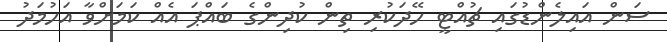
ސަން އައިލެންޑުގައި ޗުއްޓީ ހޭދަކުރި ތިން ކުދިންގެ ބައްޕަ އެއް ކަމަށްވާ އަހުމަދު